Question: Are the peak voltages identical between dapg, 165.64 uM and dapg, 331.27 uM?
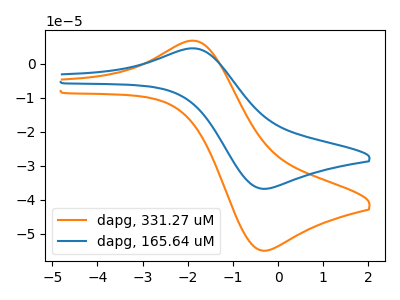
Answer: <think>The orange curve "dapg, 331.27 uM" has an anodic peak at (-1.85V, 6.75uA) and a cathodic peak at (-0.35V, -55.00uA). The blue curve "dapg, 165.64 uM" has an anodic peak at (-1.85V, 4.50uA) and a cathodic peak at (-0.35V, -36.80uA).</think>
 <answer>Yes, "dapg, 165.64 uM" have a peak in "dapg, 331.27 uM" at the same potential.</answer>
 <eval>match</eval>